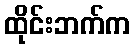
ထိုင်းဘက်က